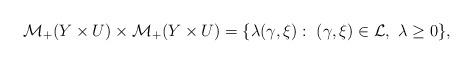
LaTeX: \begin{align*}{\cal M}_+(Y\times U)\times {\cal M}_+(Y\times U) = \{\lambda (\gamma , \xi) : \ (\gamma , \xi)\in \mathcal{L}, \ \lambda\geq 0 \},\end{align*}